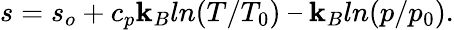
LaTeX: s=s_{o}+c_{p}\mathbf{k}_{B}ln(T/T_{0})\ –\ \mathbf{k}_{B}ln(p/p_{0}).